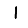
Digit: 1